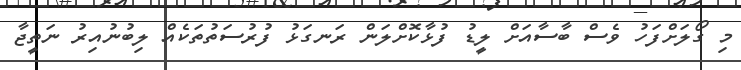
މި ގޯލަށްފަހު ވެސް ބާސާއަށް ލީޑު ފުޅާކޮށްލަން ރަނގަޅު ފުރުސަތުތަކެއް ލިބުނުއިރު ނަތީޖާ